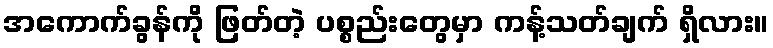
အကောက်ခွန်ကို ဖြတ်တဲ့ ပစ္စည်းတွေမှာ ကန့်သတ်ချက် ရှိလား။